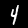
Label: 4